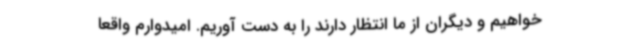
خواهیم و دیگران از ما انتظار دارند را به دست آوریم. امیدوارم واقعا